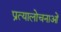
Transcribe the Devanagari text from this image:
प्रत्यालोचनाओं